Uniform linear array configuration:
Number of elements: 48
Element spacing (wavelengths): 0.5
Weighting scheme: cosine
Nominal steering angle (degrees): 0
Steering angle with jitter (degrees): -1.909
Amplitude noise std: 0.05
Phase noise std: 0.05

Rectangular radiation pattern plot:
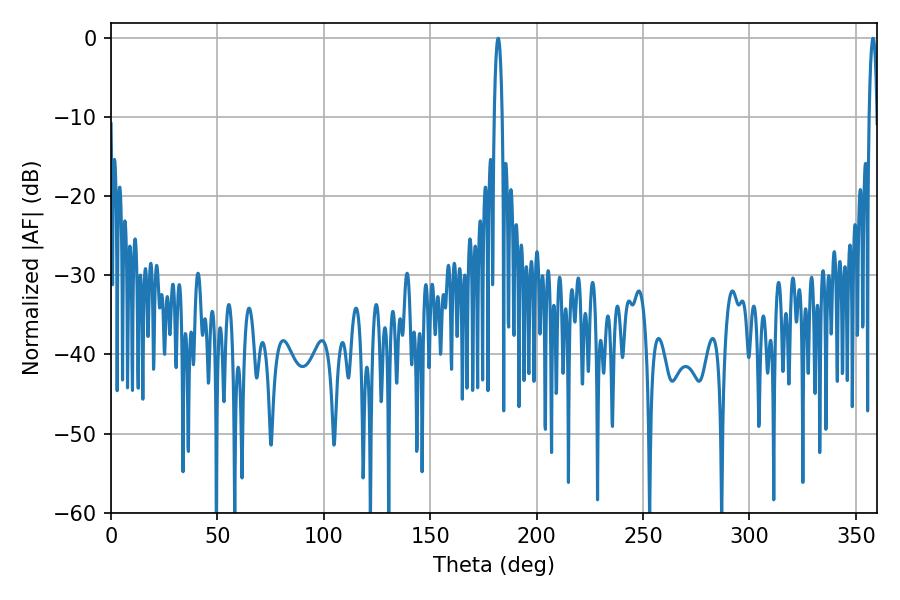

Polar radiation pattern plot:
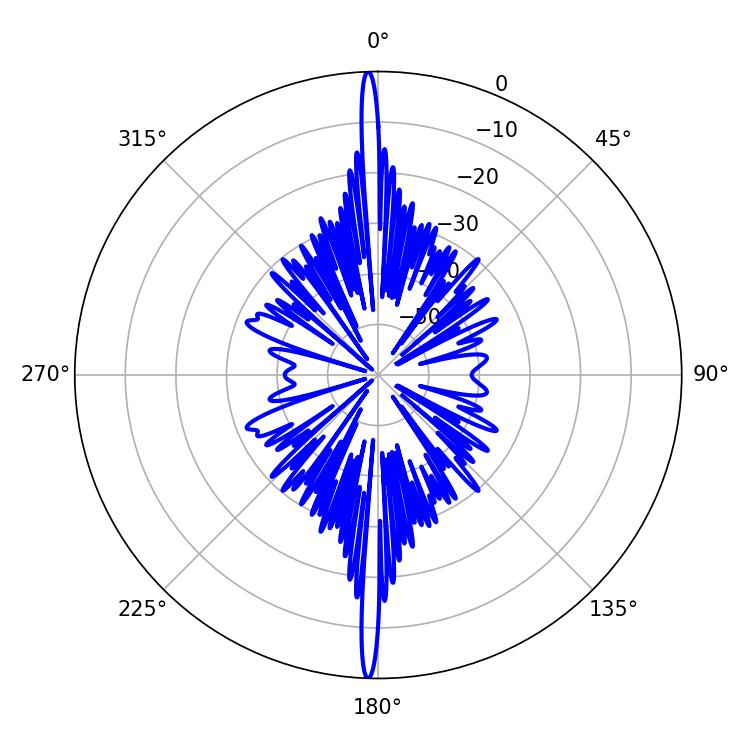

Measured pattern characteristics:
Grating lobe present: FALSE
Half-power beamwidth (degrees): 1.98
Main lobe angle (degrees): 181.98